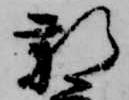
新